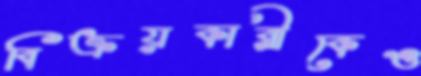
বিক্রয়কারীকেও